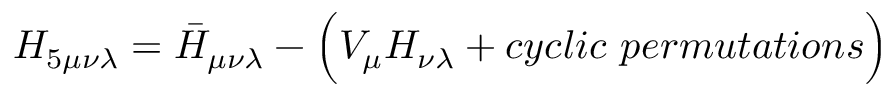
H _ { 5 \mu \nu \lambda } = \bar { H } _ { \mu \nu \lambda } - \Bigl ( V _ { \mu } H _ { \nu \lambda } + c y c l i c ~ p e r m u t a t i o n s \Bigr )